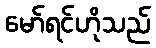
မော်ရင်ဟိုသည်